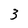
Character: 3